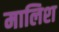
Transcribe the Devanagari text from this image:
मालिश्‍ा